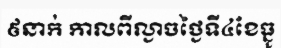
៩នាក់ កាលពីល្ងាចថ្ងៃទី៤ខែធ្នូ